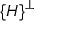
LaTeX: \{ H \} ^ { \perp }